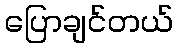
ပြောချင်တယ်